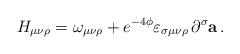
LaTeX: \begin{align*}H_{\mu \nu \rho }=\omega _{\mu \nu \rho }+e^{-4\phi }\varepsilon _{\sigma\mu \nu \rho }\,\partial ^{\sigma }{\bf a}\, .\end{align*}